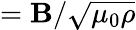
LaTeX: =\textit{\textbf{B}}/\sqrt{\mu_{0}\rho}